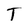
Character: T